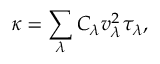
\kappa = \sum _ { \lambda } C _ { \lambda } v _ { \lambda } ^ { 2 } \tau _ { \lambda } ,